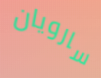
سارويان